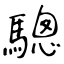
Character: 驄